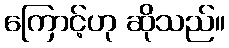
ကြောင့်ဟု ဆိုသည်။